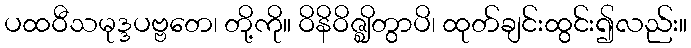
ပထဝီသမုဒ္ဒပဗ္ဗတေ၊ တို့ကို။ ဝိနိဝိဇ္ဈိတွာပိ၊ ထုတ်ချင်းထွင်း၍လည်း။